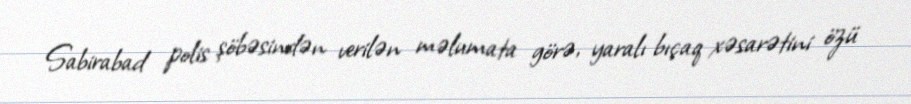
Sabirabad polis şöbəsindən verilən məlumata görə, yaralı bıçaq xəsarətini özü